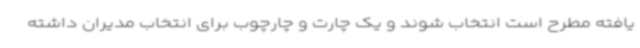
یافته مطرح است انتخاب شوند و یک چارت و چارچوب برای انتخاب مدیران داشته